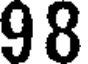
98